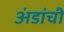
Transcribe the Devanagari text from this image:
अंडांची